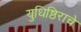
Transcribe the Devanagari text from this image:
युधिष्ठिराचे